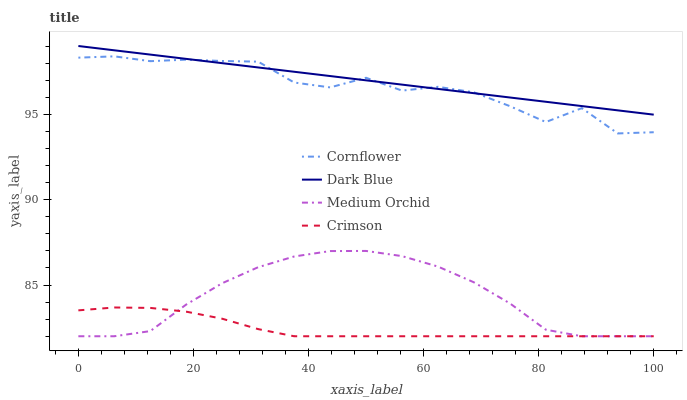
| xaxis_label | Cornflower | Dark Blue | Medium Orchid | Crimson |
 | --- | --- | --- | --- | --- |
 | 0 | 98.3 | 99 | 82 | 83.5 |
 | 6.25 | 98.4 | 98.7 | 82 | 83.7 |
 | 12.5 | 98.1 | 98.5 | 82.3 | 83.7 |
 | 18.8 | 98.2 | 98.2 | 83.9 | 83.4 |
 | 25 | 98.1 | 98 | 85.1 | 83 |
 | 31.2 | 98.1 | 97.7 | 86 | 82.4 |
 | 37.5 | 96.9 | 97.5 | 86.7 | 82 |
 | 43.8 | 96.6 | 97.2 | 87 | 82 |
 | 50 | 97.1 | 97 | 87 | 82 |
 | 56.2 | 96.4 | 96.7 | 86.7 | 82 |
 | 62.5 | 96.6 | 96.5 | 86.1 | 82 |
 | 68.8 | 96.3 | 96.2 | 85.2 | 82 |
 | 75 | 95.5 | 96 | 83.9 | 82 |
 | 81.2 | 94.5 | 95.7 | 82.4 | 82 |
 | 87.5 | 95.4 | 95.5 | 82 | 82 |
 | 93.8 | 93.9 | 95.2 | 82 | 82 |
 | 100 | 94 | 95 | 82 | 82 |